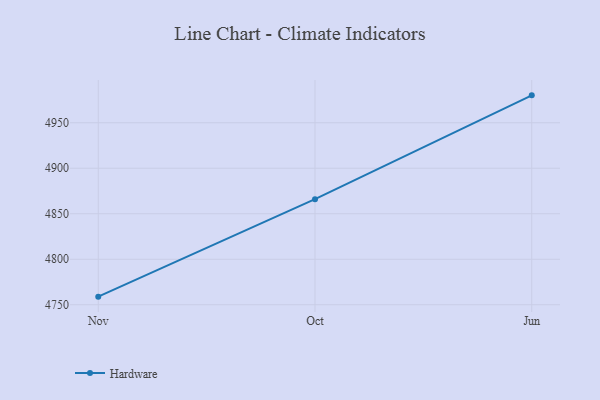
{"axis": {"x": "Month", "y": "Website Visitors"}, "legend": ["Hardware"], "data": [{"x": "Nov", "y": 4758.9, "type": "Hardware"}, {"x": "Oct", "y": 4866.0, "type": "Hardware"}, {"x": "Jun", "y": 4980.1, "type": "Hardware"}]}